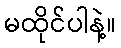
မထိုင်ပါနဲ့။